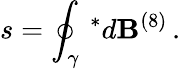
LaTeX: s=\oint_{\gamma}\, ^{*}d\mathbf{B}^{(8)}\, .